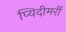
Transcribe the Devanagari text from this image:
प्यिदीमर्री